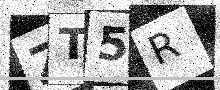
Text: ZT5R